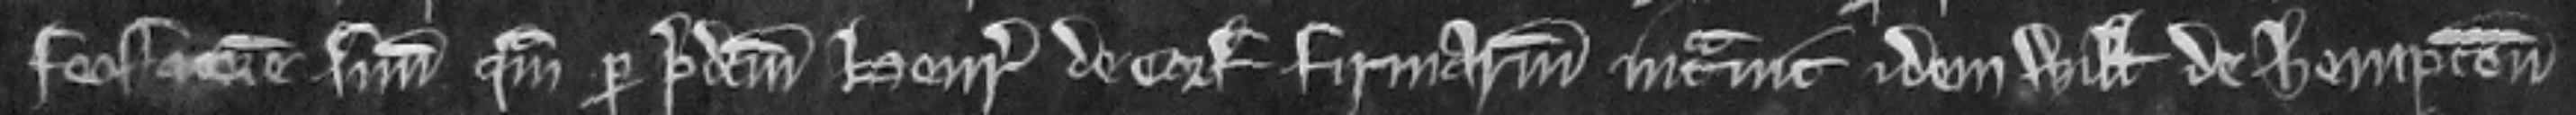
feoffatorem suum quam per predictum Henricum de Corf firmarium intravit Willemus de Hempton